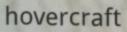
hovercraft